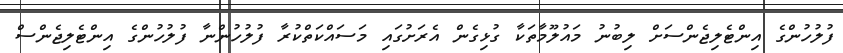
ފުލުހުންގެ އިންޓެލިޖެންސަށް ލިބުނު މައުލޫމާތަކާ ގުޅިގެން އެރަށުގައި މަސައްކަތްކުރާ ފުލުހުންނާ ފުލުހުންގެ އިންޓެލިޖެންސް